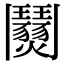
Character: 𩰜